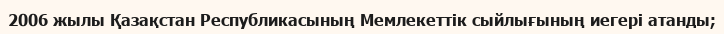
2006 жылы Қазақстан Республикасының Мемлекеттік сыйлығының иегері атанды;